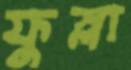
ফুস্‌লা